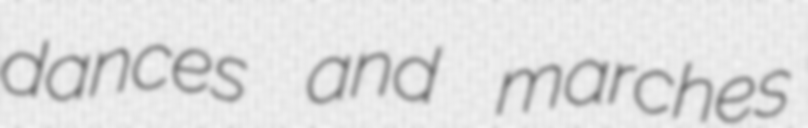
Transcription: dances and marches